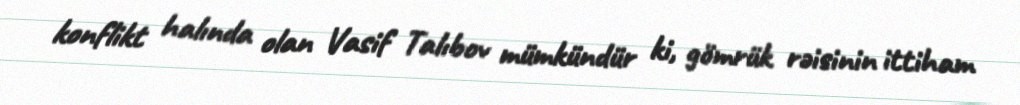
konflikt halında olan Vasif Talıbov mümkündür ki, gömrük rəisinin ittiham